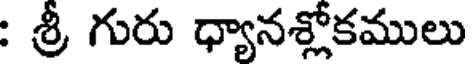
: శ్రీ గురు ధ్యానశ్లోకములు